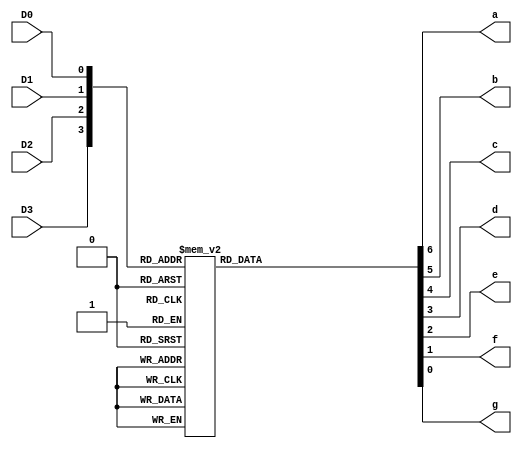
module decode47(a,b,c,d,e,f,g,D3,D2,D1,D0);
output a,b,c,d,e,f,g;
input D3,D2,D1,D0;
reg a,b,c,d,e,f,g;

always @(D3 or D2 or D1 or D0)
  begin
case({D3,D2,D1,D0})
4'd0: {a,b,c,d,e,f,g}=7'b1111110;
4'd1: {a,b,c,d,e,f,g}=7'b0110000;
4'd2: {a,b,c,d,e,f,g}=7'b1101101;
4'd3: {a,b,c,d,e,f,g}=7'b1111001;
4'd4: {a,b,c,d,e,f,g}=7'b0110011;
4'd5: {a,b,c,d,e,f,g}=7'b1011011;
4'd6: {a,b,c,d,e,f,g}=7'b1011111;
4'd7: {a,b,c,d,e,f,g}=7'b1110000;
4'd8: {a,b,c,d,e,f,g}=7'b1111111;
4'd9: {a,b,c,d,e,f,g}=7'b1111011;
default: {a,b,c,d,e,f,g}=7'bx;
endcase
  end
endmodule